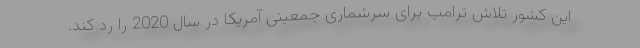
این کشور تلاش ترامپ برای سرشماری جمعیتی آمریکا در سال 2020 را رد کند.